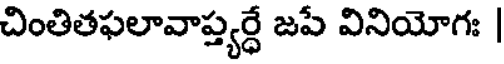
చింతితఫలావాప్త్యర్ధే జపే వినియోగః |